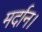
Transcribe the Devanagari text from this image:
मर्दान।